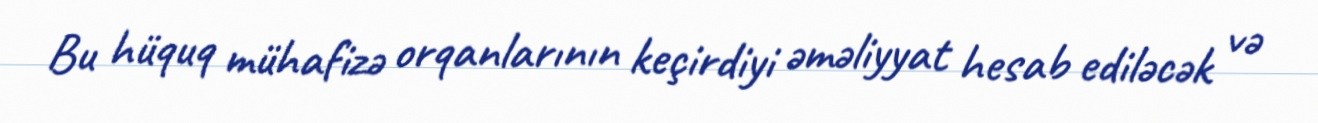
Bu hüquq mühafizə orqanlarının keçirdiyi əməliyyat hesab ediləcək və